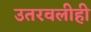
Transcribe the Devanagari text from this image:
उतरवलीही